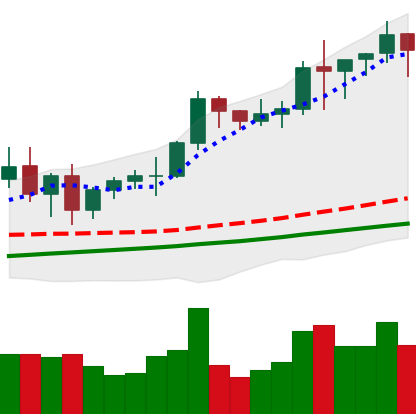
Ticker: BNB-USD
Chart end date: 2021-01-08
Forward return: -5.329%
Label: down_5_7